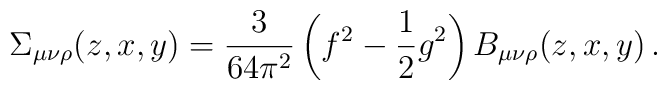
\Sigma_{\mu\nu\rho}(z,x,y)=\frac{3}{64\pi^2}\left(f^2-\frac{1}{2}g^2\right)B_{\mu\nu\rho}(z,x,y) \, .